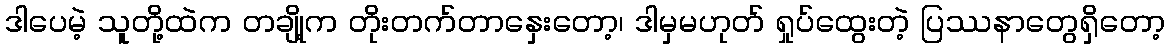
ဒါပေမဲ့ သူတို့ထဲက တချို့က တိုးတက်တာနှေးတော့၊ ဒါမှမဟုတ် ရှုပ်ထွေးတဲ့ ပြဿနာတွေရှိတော့